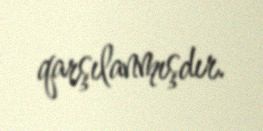
qarşılanmışdır.